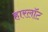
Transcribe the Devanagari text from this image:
हारलॉट